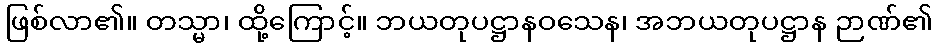
ဖြစ်လာ၏။ တသ္မာ၊ ထို့ကြောင့်။ ဘယတုပဋ္ဌာနဝသေန၊ အဘယတုပဋ္ဌာန ဉာဏ်၏